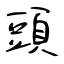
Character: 頭